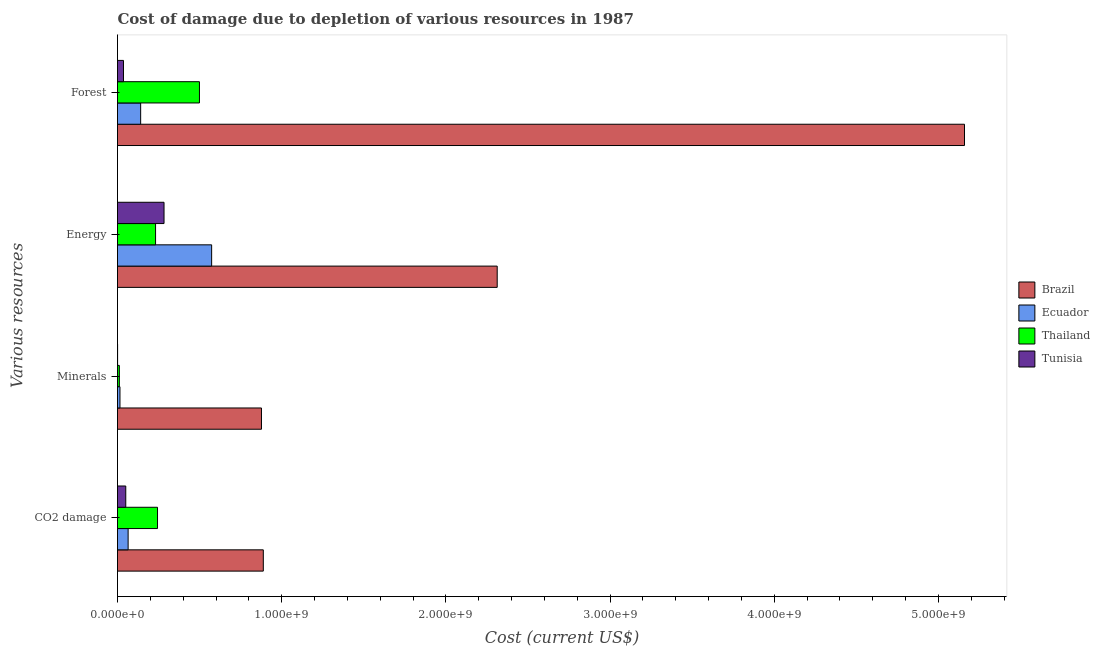
| Various resources | Brazil | Ecuador | Thailand | Tunisia |
 | --- | --- | --- | --- | --- |
 | CO2 damage | 8.88e+08 | 6.47e+07 | 2.44e+08 | 5.03e+07 |
 | Minerals | 8.77e+08 | 1.5e+07 | 1.12e+07 | 5.67e+05 |
 | Energy | 2.31e+09 | 5.73e+08 | 2.32e+08 | 2.83e+08 |
 | Forest | 5.16e+09 | 1.41e+08 | 4.99e+08 | 3.64e+07 |